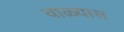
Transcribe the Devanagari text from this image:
वाळ्यास